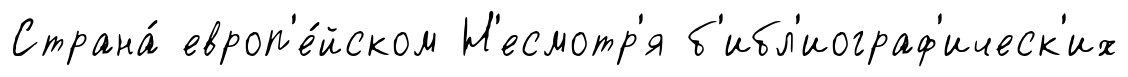
Страна́ европ'е́йском Н'есмотр'я б'ибл'иограф'ическ'их